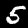
Label: 5